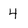
Character: 4